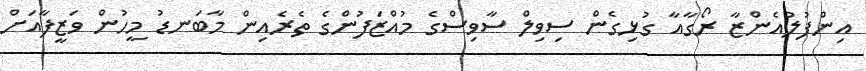
އިންފުލުއެންޒާ ރޯގާއާ ގުޅިގެން ސިވިލް ސާވިސްގެ މުއްޒަފުންގެ ތެރެއިން މާބަނޑު މީހުން ވަޒީފާއަށް